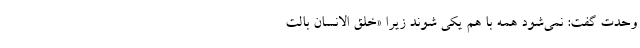
وحدت گفت: نمی‌شود همه با هم یکی شوند زیرا «خُلِقَ الِانسانَ بِالت